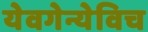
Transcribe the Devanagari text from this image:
येवगेन्येविच